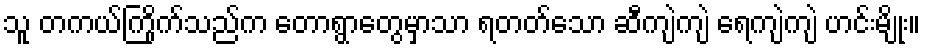
သူ တကယ်ကြိုက်သည်က တောရွာတွေမှာသာ ရတတ်သော ဆီကျဲကျဲ ရေကျဲကျဲ ဟင်းမျိုး။